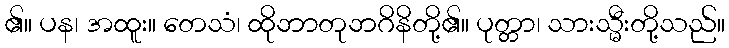
၏။ ပန၊ အထူး။ တေသံ၊ ထိုဘာတုဘဂိနိတို့၏။ ပုတ္တာ၊ သားသ္မီးတို့သည်။